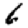
Digit: 6